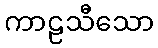
ကာဠသီသော